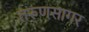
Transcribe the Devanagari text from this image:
तरुणसागर